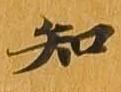
知